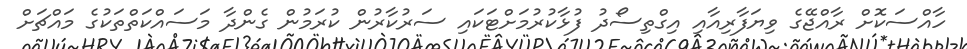
ހާއްސަކޮށް ރާއްޖޭގެ ވިޔަފާރިއާއި އިގްތިސޯދު ފުޅާކުރުމަށްޓަކައި ސަރުކާރުން ކުރަމުން ގެންދާ މަސައްކަތްތަކުގެ މައްޗަށް